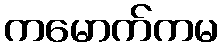
ကမောက်ကမ